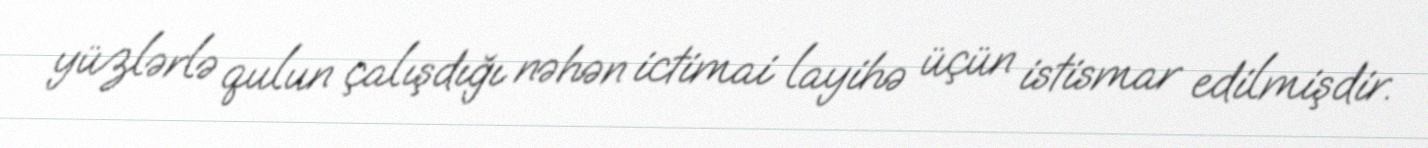
yüzlərlə qulun çalışdığı nəhən ictimai layihə üçün istismar edilmişdir.